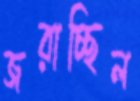
জরাচ্ছিল